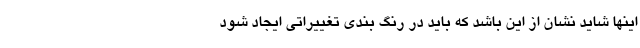
اینها شاید نشان از این باشد که باید در رنگ بندی تغییراتی ایجاد شود